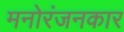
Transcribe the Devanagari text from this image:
मनोरंजनकार